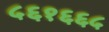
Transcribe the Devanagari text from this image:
५६१६६५